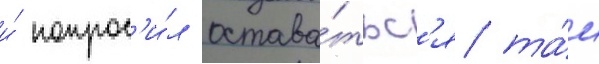
и́ попрос'и́л остава́тьс'я та́м